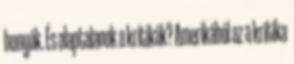
hunyók. És alaptalanok a kritikák? Amerikából az a kritika